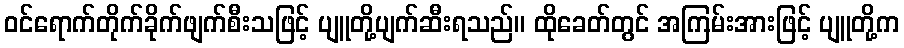
ဝင်ရောက်တိုက်ခိုက်ဖျက်စီးသဖြင့် ပျူတို့ပျက်ဆီးရသည်။ ထိုခေတ်တွင် အကြမ်းအားဖြင့် ပျူတို့က